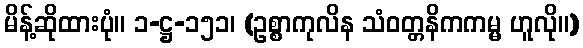
မိန့်ဆိုထားပုံ။ ၁-ဋ္ဌ-၁၅၁၊ (ဥစ္စာကုလိန သံဝတ္တနိကကမ္မ ဟူလို။)